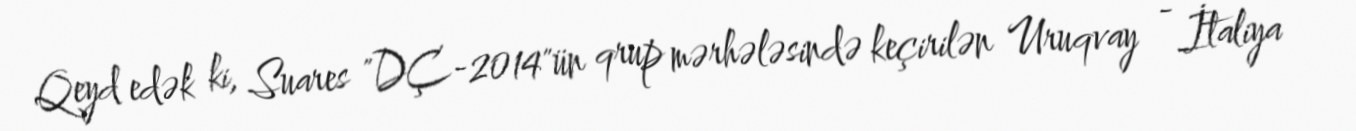
Qeyd edək ki, Suares "DÇ-2014"ün qrup mərhələsində keçirilən Uruqvay - İtaliya